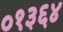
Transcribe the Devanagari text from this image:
०१३६४